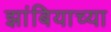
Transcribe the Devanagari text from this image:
झांबियाच्या